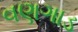
વણગાડ